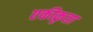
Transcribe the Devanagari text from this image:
एकीकृता